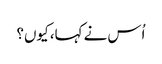
اُس نے کہا، کیوں؟